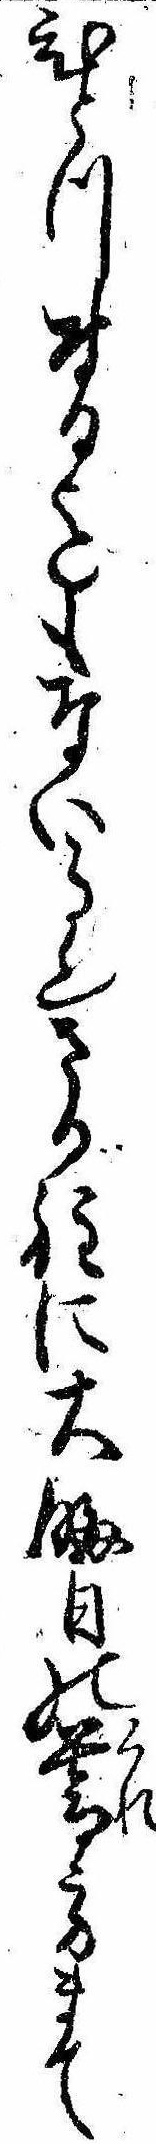
ひとつ付る迄もない事也さる程に大晦日の暮方まて